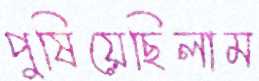
পুষিয়েছিলাম